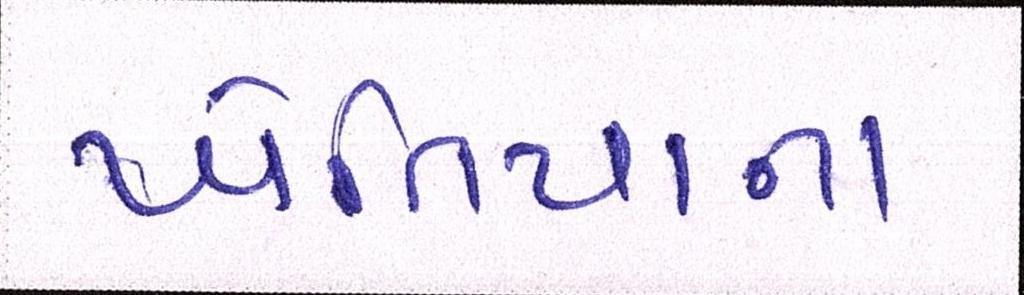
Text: ખેતિયાના